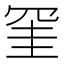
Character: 𭁹